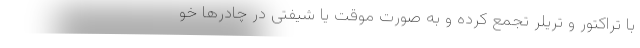
با تراکتور و تریلر تجمع کرده و به صورت موقت یا شیفتی در چادرها خو